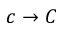
c \to C